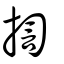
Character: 揈